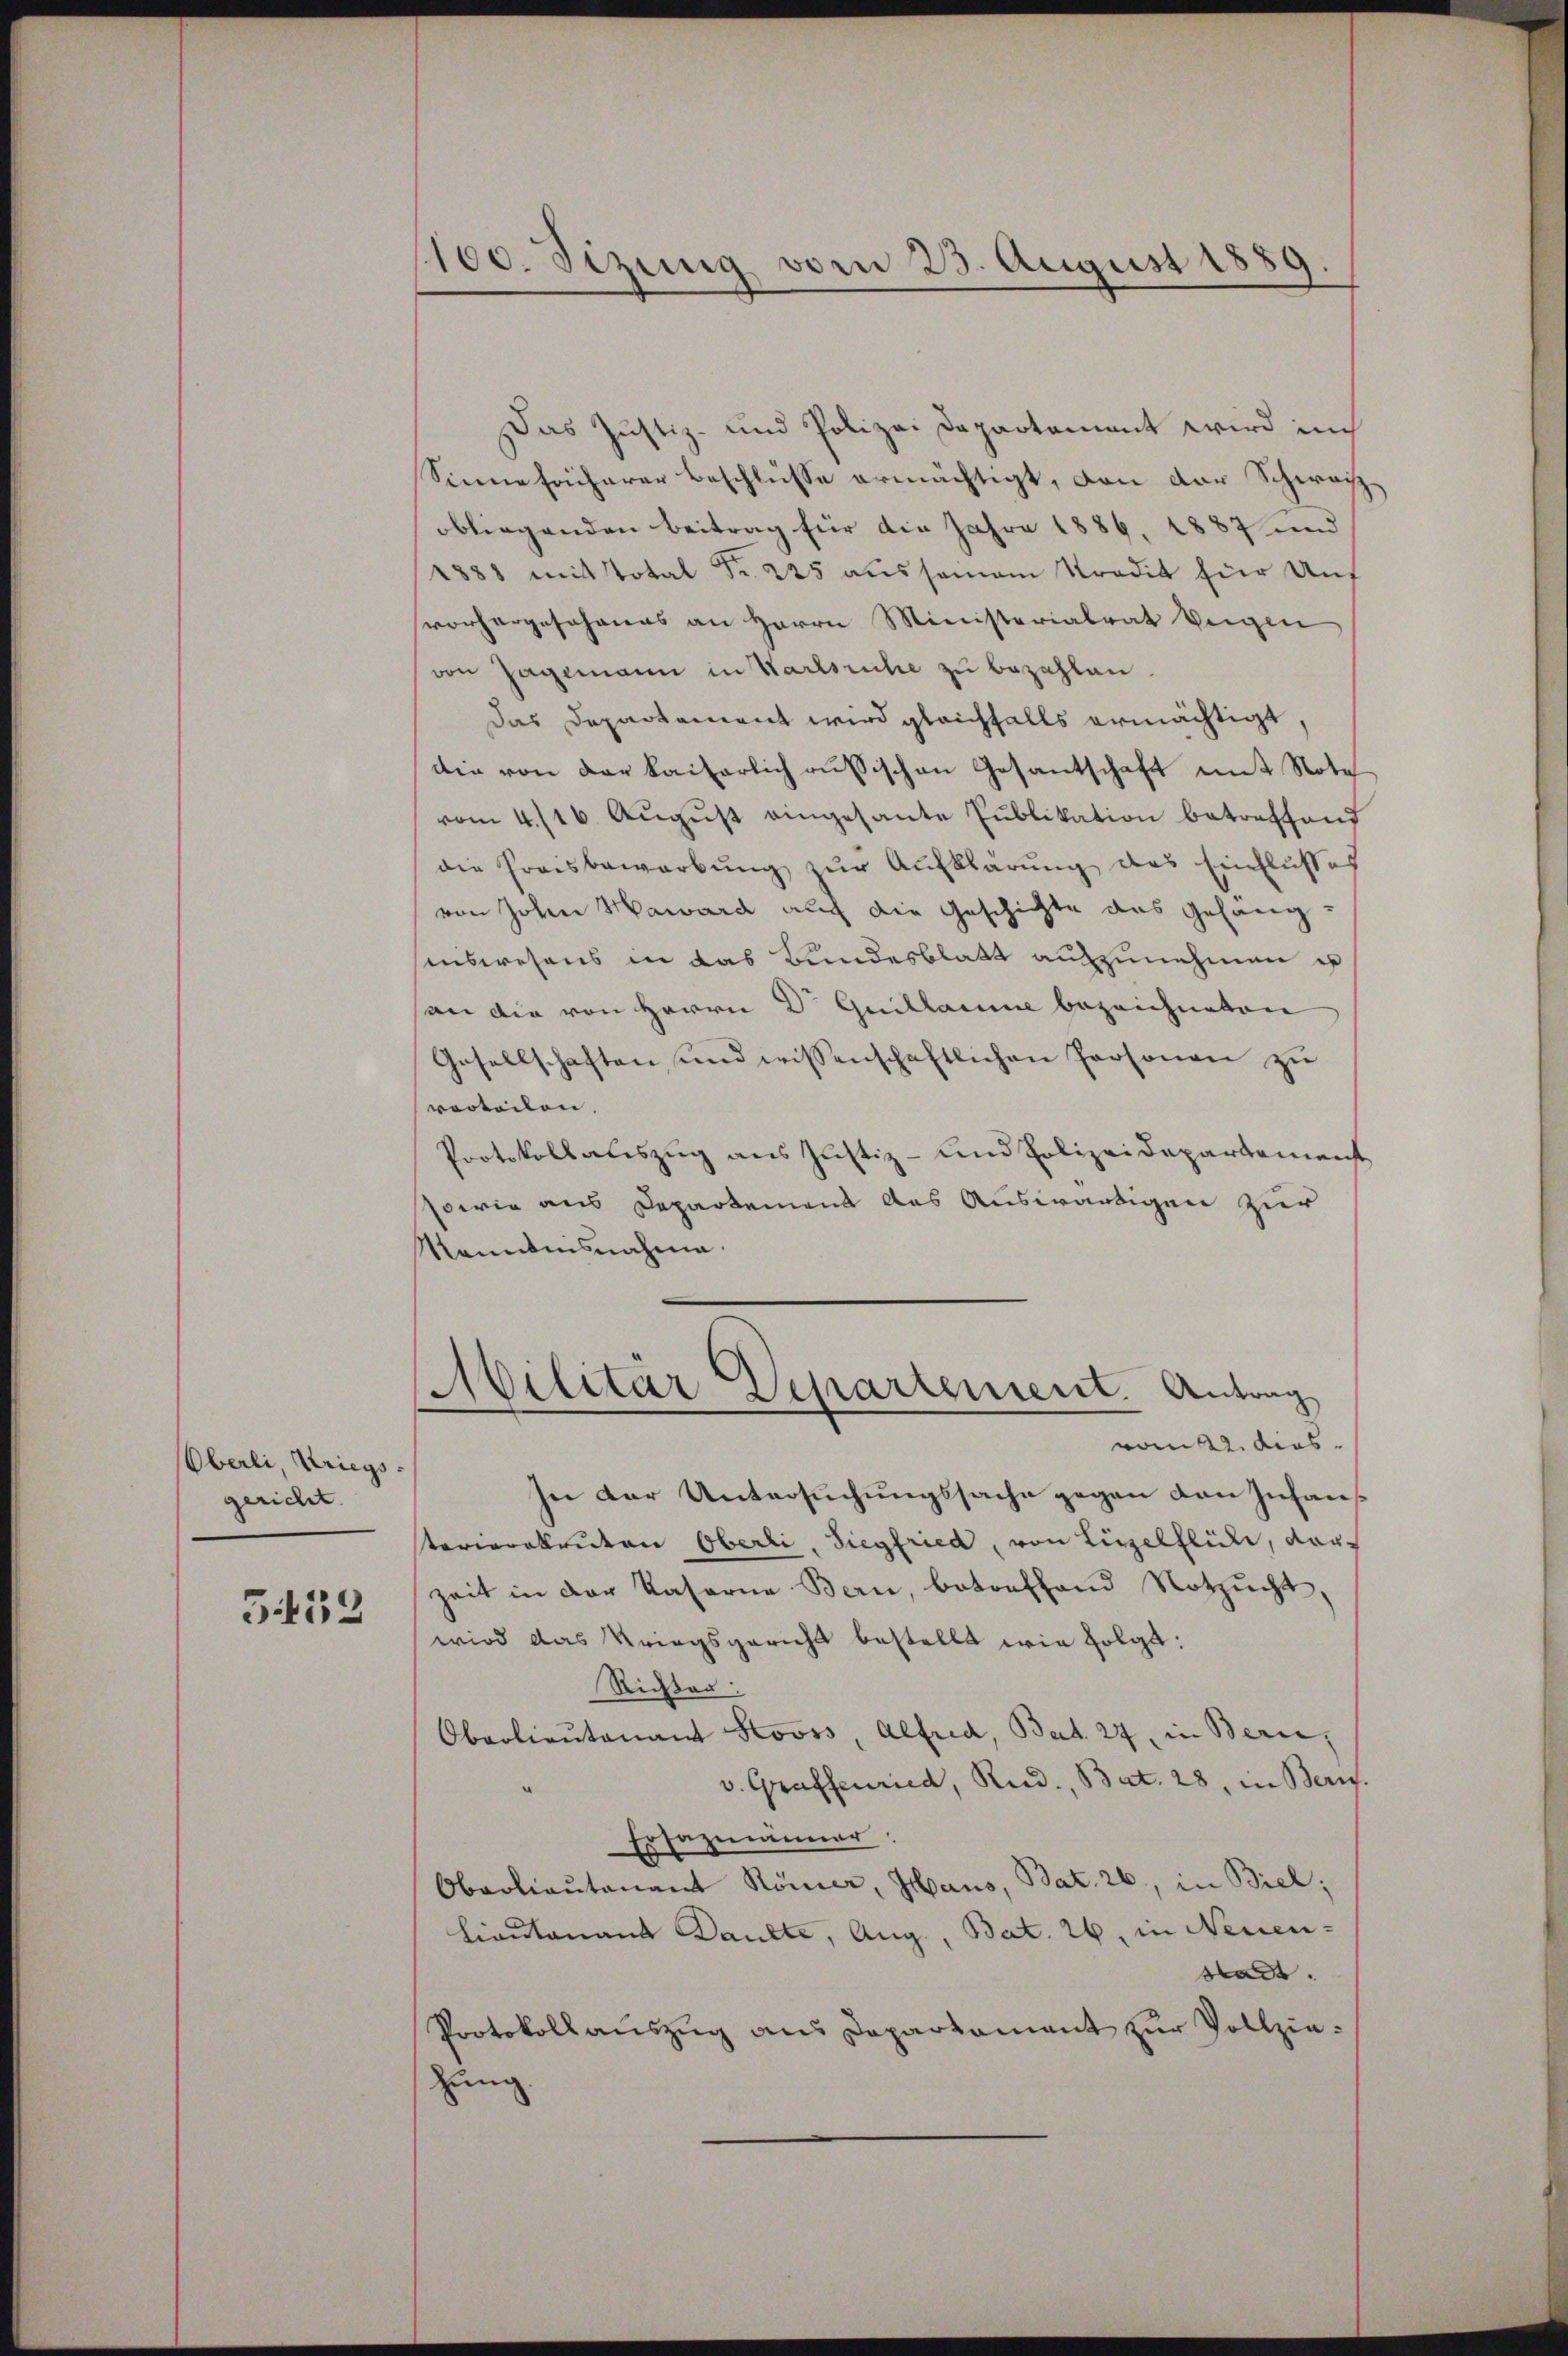
Oberli, Kriegsgericht.

333

100. Sizung vom 23. August 1889.

Das Justiz- und Polizei Departament wird in
Sinne früherer Beschlüsse ermächtigt, von der Schwach
obliegenden Beitrag für die Jahre 1886, 1887 und
1888 mit total Fr. 225 aussamen Stradit für Unf
vorhergesehenes an Herrn Ministerialrat beigen
von Jagemann in Karlsruhe zu bezahlen
das Departement wird gleichfalls ermächtigt,
die von der kaiserlich russischen Gesantschaft mit Nota
vom 4./16. Aŭgŭst eingesante Publikation betreffend
die Preisbewerbung zur Aufklärung des Einflusses
von Johan Haward auch die Geschichte des Gefäng-
inswesens in das Bundesblatt aufzunehmen is
an die von Herrn Dr Guillaume bezeichneten
Gesellschaften und wissenschaftlichen Personen zu
vorteilen.
Protokollauszug aus Justiz- und Polizeidepartemenst
sowie aus Departement das Auswärtigen zur
Manntnisnahme.
Militär Departement. Antrag
vom 22. dies
In der Untersuchungssache gegen den Infans
terioratenten Oberli, Siegfried, von Linzelflühe, darzeit in der Kaserne Bern, betreffend Notzucht
wird das Kriegsgericht bestellt wie folgt:
Richter:
Oberlieutenant Stooss, Alfred, Bat. 27, in Bern,
v. Graffenried, Rud. Bat. 28, in Beric
Ersazmänner
Oberlieutenant Römer, Haus, Bat. 26, in Biel;
Lieutenant Paulte, Aug., Bat. 26, in Neuen-
stadt.
Protokollauszug aus Departament zur Vollziezung